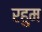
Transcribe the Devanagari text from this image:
रहुम